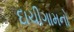
દાચીગામનો